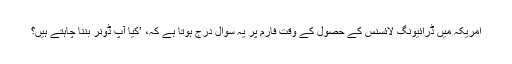
امریکہ میں ڈرائیونگ لائسنس کے حصول کے وقت فارم پر یہ سوال درج ہوتا ہے کہ، ’کیا آپ ڈونر بننا چاہتے ہیں؟